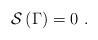
LaTeX: \begin{align*}{\cal S}\left( \Gamma \right) =0\,\,. \end{align*}